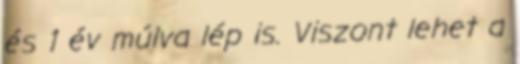
és 1 év múlva lép is. Viszont lehet a